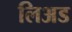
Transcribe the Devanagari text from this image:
लिअड